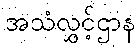
အသံလွှင့်ဌာန